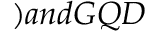
) a n d G Q D